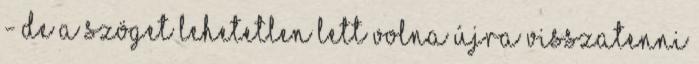
- de a szöget lehetetlen lett volna újra visszatenni